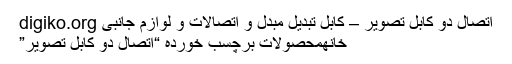
اتصال دو کابل تصویر – کابل تبدیل مبدل و اتصالات و لوازم جانبی digiko.org
خانهمحصولات برچسب خورده “اتصال دو کابل تصویر”